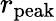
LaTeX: r_{\mathrm{peak}}